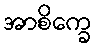
အာစိက္ခေ